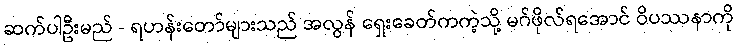
ဆက်ပါဦးမည် - ရဟန်းတော်များသည် အလွန် ရှေးခေတ်ကကဲ့သို့ မဂ်ဖိုလ်ရအောင် ဝိပဿနာကို